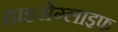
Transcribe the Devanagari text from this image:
हाइरोग्लाइफ